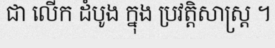
ជា លើក ដំបូង ក្នុង ប្រវត្តិសាស្ត្រ ។